Annual administration and progress report of the Indian Medical Department, Bombay
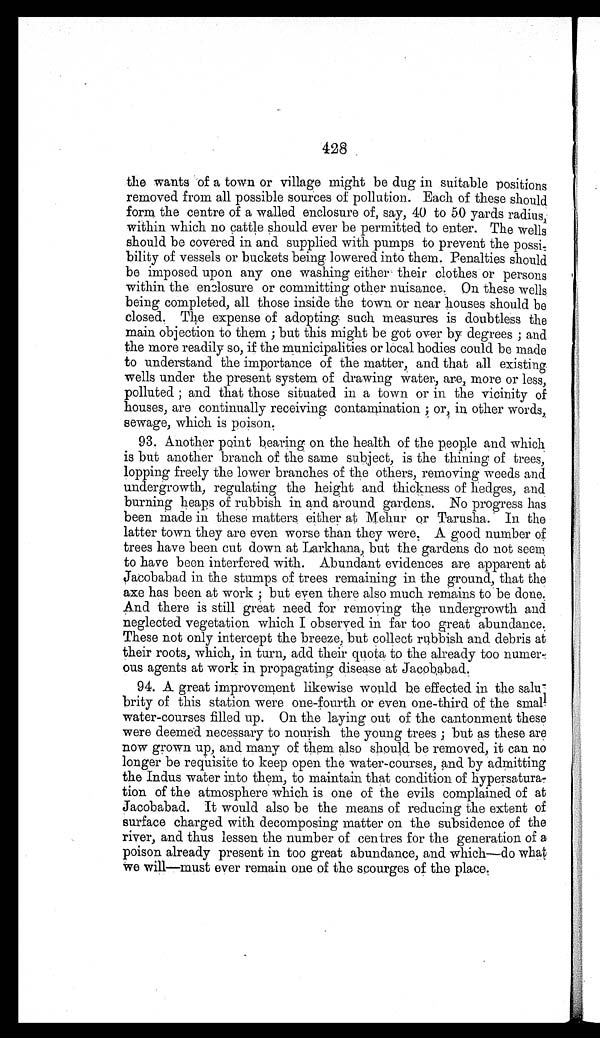
428
the wants of a town or village might be dug in suitable positions
removed from all possible sources of pollution. Each of these should
form the centre of a walled enclosure of, say, 40 to 50 yards radius,
within which no cattle should ever be permitted to enter. The wells
should be covered in and supplied with pumps to prevent the possi
- b i l i t y o f v e s s e l s o r b u c k e t s b e i n g l o w e r e d i n t o t h e m . P e n a l t i e s s h o u l d
be imposed upon any one washing either their clothes or persons
within the enclosure or committing other nuisance. On these wells
being completed, all those inside the town or near houses should be
closed. The expense of adopting such measures is doubtless the
main objection to them; but this might be got over by degrees; and
the more readily so, if the municipalities or local bodies could be made
to understand the importance of the matter, and that all existing
wells under the present system of drawing water, are, more or less,
polluted; and that those situated in a town or in the vicinity of
houses, are continually receiving contamination; or, in other words,
sewage, which is poison.
93. Another point bearing on the health of the people and which
is but another branch of the same subject, is the thining of trees,
lopping freely the lower branches of the others, removing weeds and
undergrowth, regulating the height and thickness of hedges, and
burning heaps of rubbish in and around gardens. No progress has
been made in these matters either at Mehur or Tarusha. In the
latter town they are even worse than they were. A good number of
trees have been cut down at Larkhana but the gardens do not seem
to have been interfered with. Abundant evidences are apparent at
Jacobabad in the stumps of trees remaining in the ground, that the
axe has been at work; but even there also much remains to be done.
And there is still great need for removing the undergrowth and
neglected vegetation which I observed in far too great abundance.
These not only intercept the breeze, but collect rubbish and debris at
their roots, which, in turn, add their quota to the already too numer
- o u s a g e n t s a t w o r k i n p r o p a g a t i n g d i s e a s e a t J a c o b a b a d .
94. A great improvement likewise would be effected in the salu
- b r i t y o f t h i s s t a t i o n w e r e o n e - f o u r t h o r e v e n o n e - t h i r d o f t h e s m a l l
water-courses filled up. On the laying out of the cantonment these
were deemed necessary to nourish the young trees; but as these are
now grown up, and many of them also should be removed, it can no
longer be requisite to keep open the water-courses, and by admitting
the Indus water into them, to maintain that condition of hypersatura
- t i o n o f t h e a t m o s p h e r e w h i c h i s o n e o f t h e e v i l s c o m p l a i n e d o f a t
Jacobabad. It would also be the means of reducing the extent of
surface charged with decomposing matter on the subsidence of the
river, and thus lessen the number of centres for the generation of a
poison already present in too great abundance, and which—do what
we will—must ever remain one of the scourges of the place.